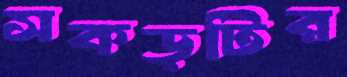
সকড়টির